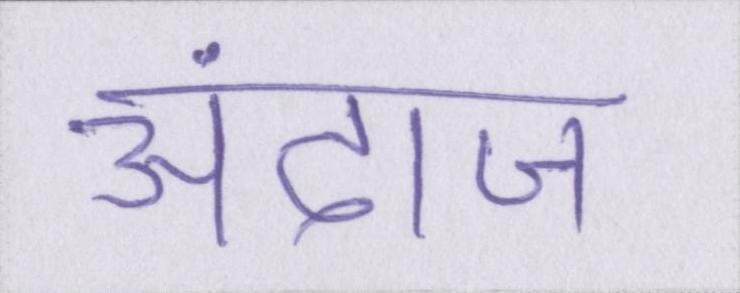
अंदाज